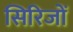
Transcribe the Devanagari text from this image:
सिरिजों